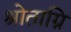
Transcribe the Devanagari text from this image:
श्रोताग्नि